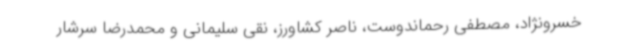
خسرونژاد، مصطفی رحماندوست، ناصر کشاورز، نقی سلیمانی و محمدرضا سرشار